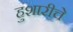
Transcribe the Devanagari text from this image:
हुशारीचे